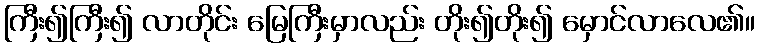
ကြီး၍ကြီး၍ လာတိုင်း မြေကြီးမှာလည်း တိုး၍တိုး၍ မှောင်လာလေ၏။